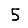
Digit: 5